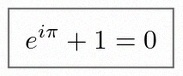
e^{i\pi}+1=0